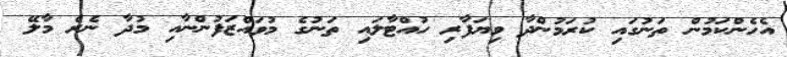
އެހެންކަމުން ތަނުގައި ކުރަމުންދާ ވިޔަފާރި ހުއްޓާލައި ތަނުގެ މުވައްޒަފުންނާއި މުދާ ނެރެ މާލޭ